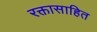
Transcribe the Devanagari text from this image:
रक्तासाहित